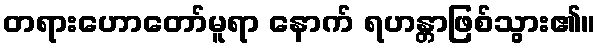
တရားဟောတော်မူရာ နောက် ရဟန္တာဖြစ်သွား၏။